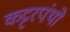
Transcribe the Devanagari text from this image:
कट्टरपंथो